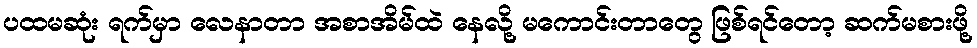
ပထမဆုံး ရက်မှာ လေနာတာ အစာအိမ်ထဲ နေလို့ မကောင်းတာတွေ ဖြစ်ရင်တော့ ဆက်မစားဖို့